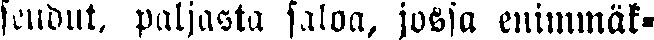
seudut, paljaita saloa, jossa enimmäk-